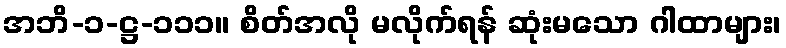
အဘိ-၁-ဋ္ဌ-၁၁၁။ စိတ်အလို မလိုက်ရန် ဆုံးမသော ဂါထာများ၊